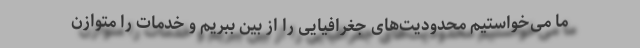
ما می‌خواستیم محدودیت‌های جغرافیایی را از بین ببریم و خدمات را متوازن